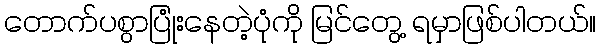
တောက်ပစွာပြုံးနေတဲ့ပုံကို မြင်တွေ့ ရမှာဖြစ်ပါတယ်။